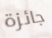
جائزة